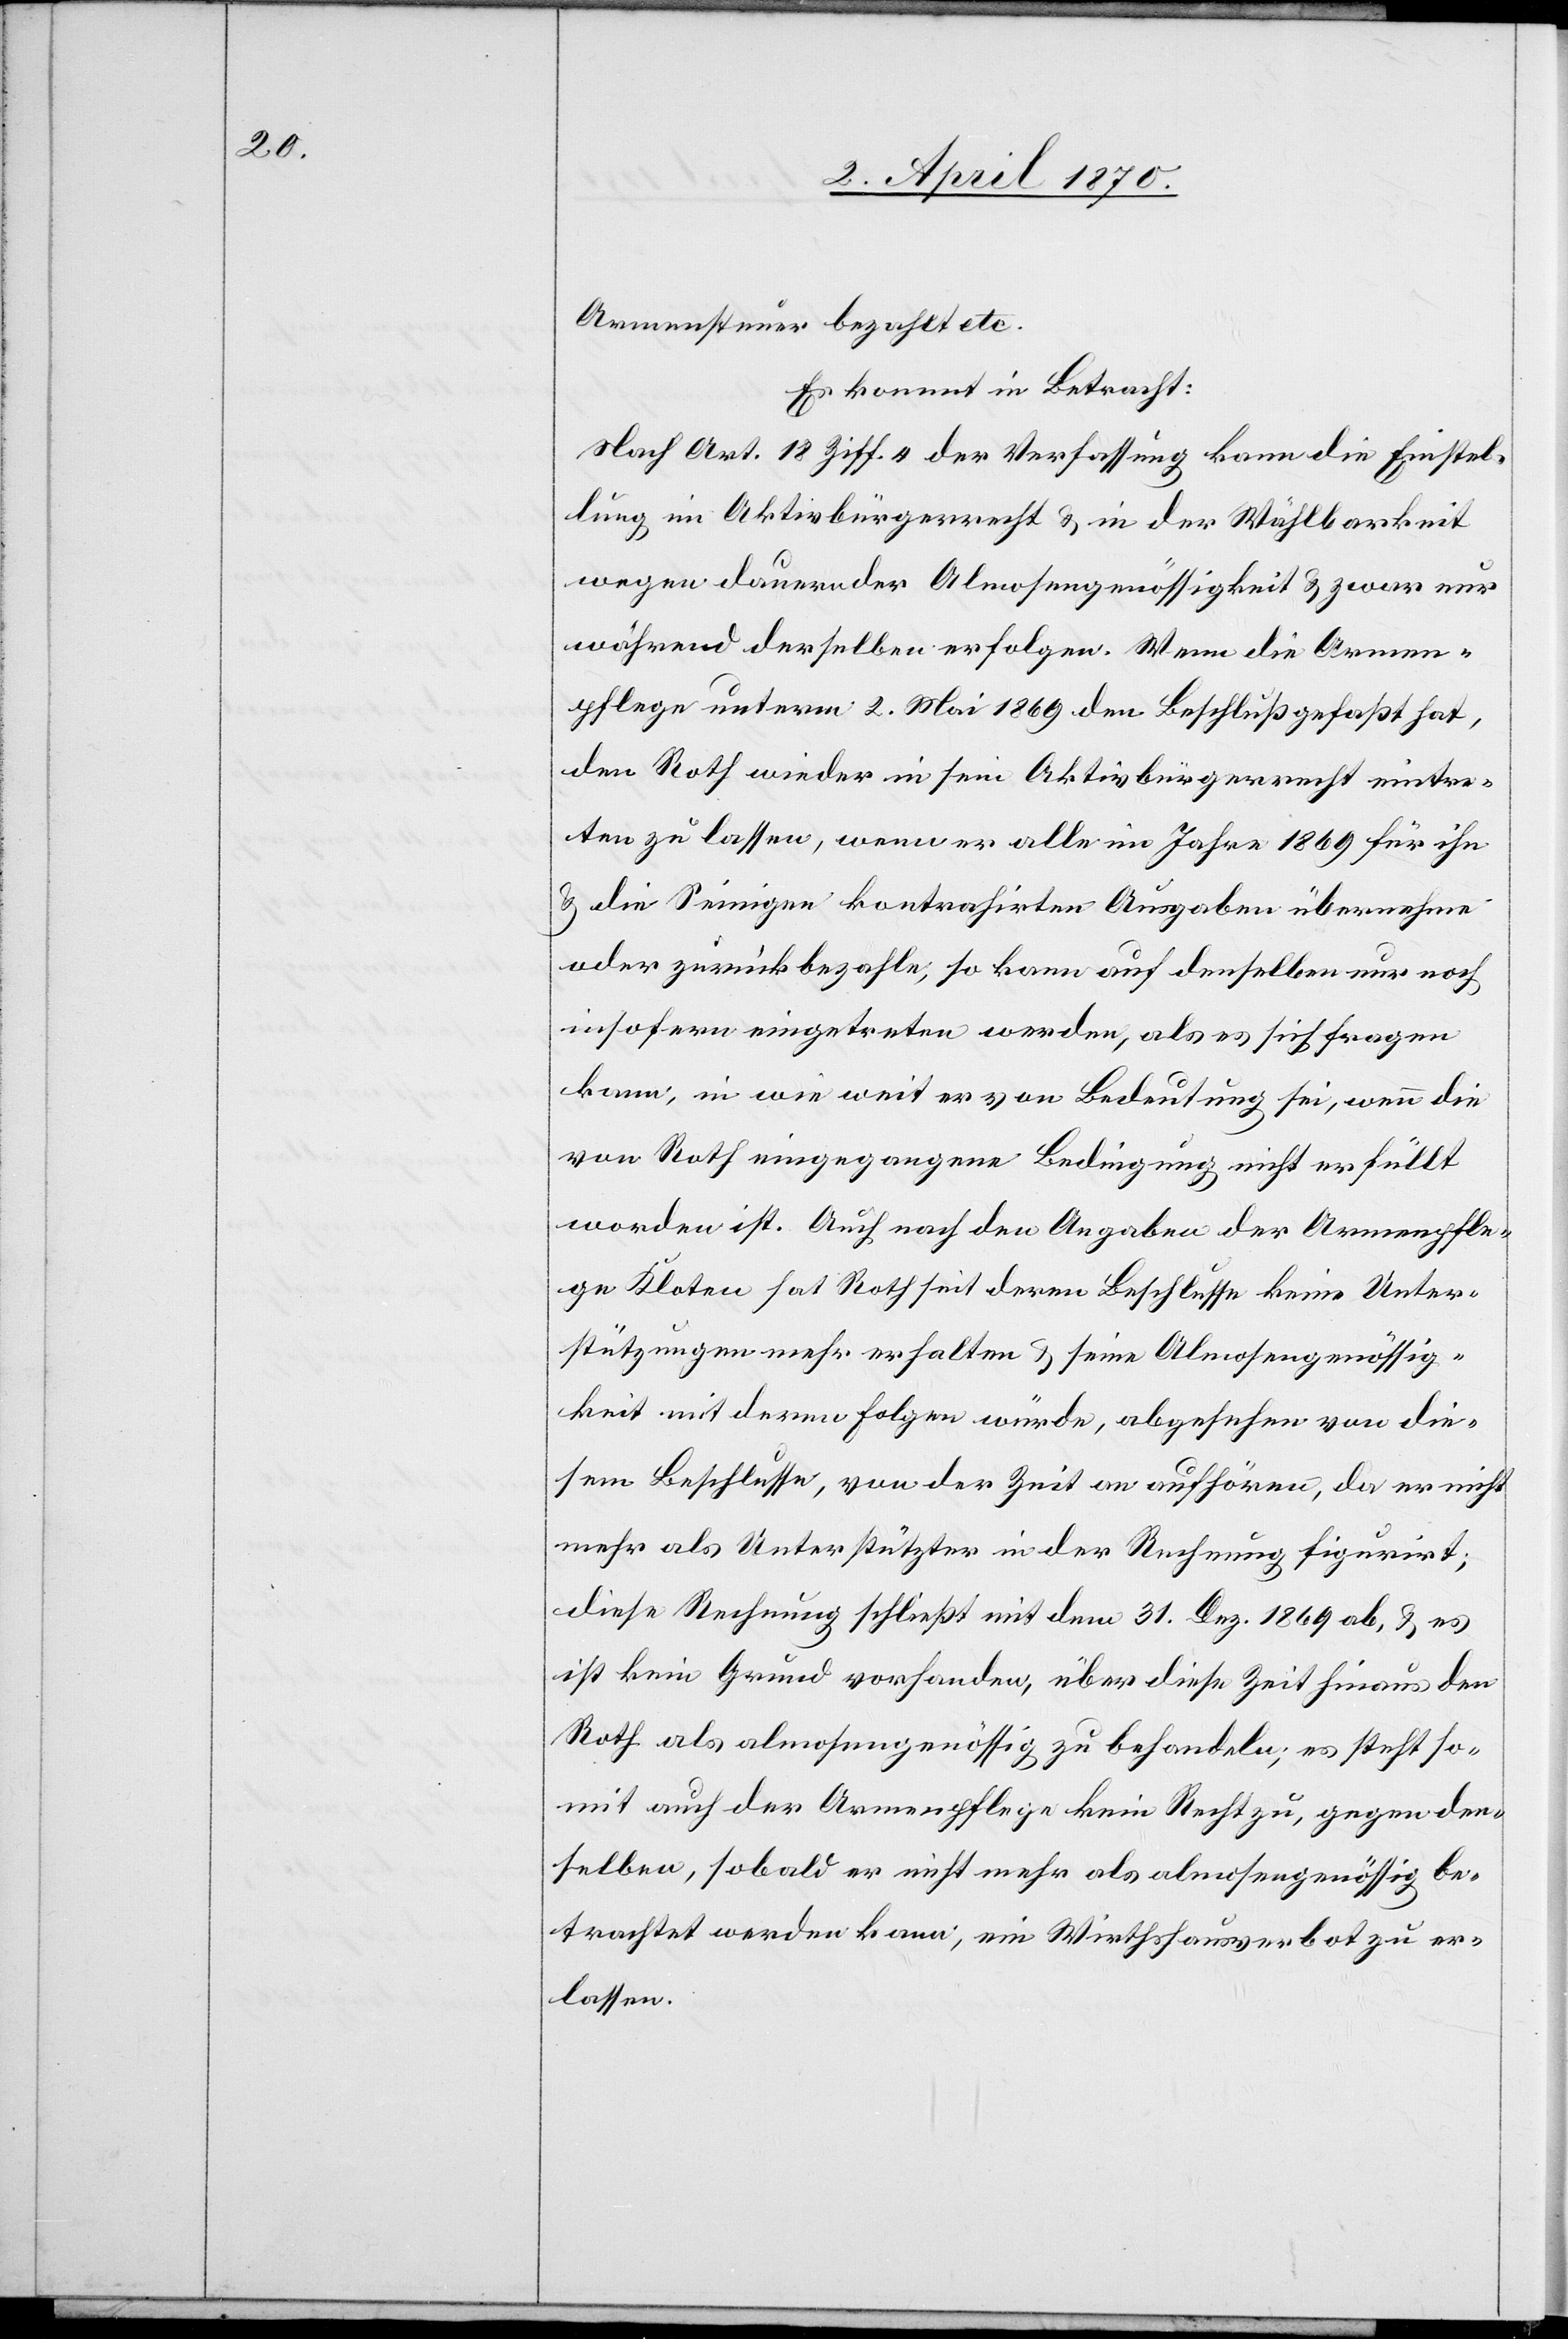
Armensteuer bezahlt etc.
Es kommt in Betracht:
Nach Art. 18 Ziff. 4 der Verfassung kann die Einstel¬
lung im Aktivbürgerecht & in der Wählbarkeit
wegen dauernder Almosengenösigkeit & zwar nur
während derselben erfolgen. Wenn die Armen¬
pflege unterm 2. Mai 1869 den Beschluß gefaßt hat,
den Roth wieder in sein Aktivbürgerrecht eintre¬
ten zu lassen, wenn er alle im Jahre 1869 für ihn
& die Seinigen kontrahirten Ausgaben übernehme
oder zurückbezahle, so kann auf denselben nur noch
insofern eingetreten werden, als es sich fragen
kann, in wie weit er von Bedeutung sei, wenn die
von Roth eingegangene Bedingung nicht erfüllt
worden ist. Auch nach den Angaben der Armenpfle¬
ge Kloten hat Roth seit deren Beschlusse keine Unter¬
stützungen mehr erhalten & seine Almosengenössig¬
keit mit deren folgen würde, abgesehen von die¬
sem Beschlusse, von der Zeit an aufhören, da er nicht
mehr als Unterstützer in der Rechnung figurirt;
diese Rechnung schließt mit dem 31. Dez. 1869 ab, & es
ist kein Grund vorhanden, über diese Zeit hinaus den
Roth als almosengenössig zu behandeln; es steht so¬
mit auch der Armenpflege kein Recht zu, gegen den¬
selben, sobald er nicht mehr als almosengenössig be¬
trachtet werden kann, ein Wirthshausverbot zu er¬
lassen.